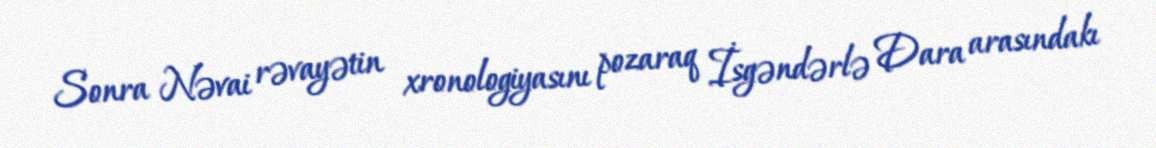
Sonra Nəvai rəvayətin xronologiyasını pozaraq İsgəndərlə Dara arasındakı